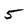
Character: 5